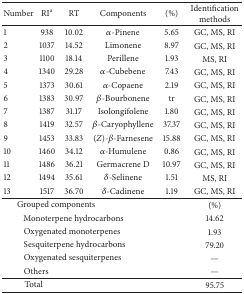
<table><thead><tr><td><b>Number</b></td><td><b>RI<sup>a</sup></b></td><td><b>RT</b></td><td><b>Components</b></td><td><b>(%)</b></td><td><b>Identification methods</b></td></tr></thead><tbody><tr><td>1</td><td>938</td><td>10.02</td><td><i>α</i>-Pinene</td><td>5.65</td><td>GC, MS, RI</td></tr><tr><td>2</td><td>1037</td><td>14.52</td><td>Limonene</td><td>8.97</td><td>GC, MS, RI</td></tr><tr><td>3</td><td>1100</td><td>18.14</td><td>Perillene</td><td>1.93</td><td>MS, RI</td></tr><tr><td>4</td><td>1340</td><td>29.28</td><td><i>α</i>-Cubebene</td><td>7.43</td><td>GC, MS, RI</td></tr><tr><td>5</td><td>1373</td><td>30.61</td><td><i>α</i>-Copaene</td><td>2.19</td><td>GC, MS, RI</td></tr><tr><td>6</td><td>1383</td><td>30.97</td><td><i>β</i>-Bourbonene</td><td>tr</td><td>GC, MS, RI</td></tr><tr><td>7</td><td>1387</td><td>31.17</td><td>Isolongifolene</td><td>1.80</td><td>GC, MS, RI</td></tr><tr><td>8</td><td>1419</td><td>32.57</td><td><i>β</i>-Caryophyllene</td><td>37.37</td><td>GC, MS, RI</td></tr><tr><td>9</td><td>1453</td><td>33.83</td><td>(<i>Z</i>)-<i>β</i>-Farnesene</td><td>15.88</td><td>GC, MS, RI</td></tr><tr><td>10</td><td>1460</td><td>34.12</td><td><i>α</i>-Humulene</td><td>0.86</td><td>GC, MS, RI</td></tr><tr><td>11</td><td>1486</td><td>36.21</td><td>Germacrene D</td><td>10.97</td><td>GC, MS, RI</td></tr><tr><td>12</td><td>1494</td><td>35.61</td><td><i>δ</i>-Selinene</td><td>1.51</td><td>MS, RI</td></tr><tr><td>13</td><td>1517</td><td>36.70</td><td><i>δ</i>-Cadinene</td><td>1.19</td><td>GC, MS, RI</td></tr><tr><td colspan="4"> Grouped components </td><td> </td><td>(%) </td></tr><tr><td colspan="4">Monoterpene hydrocarbons</td><td> </td><td>14.62</td></tr><tr><td colspan="4">Oxygenated monoterpenes </td><td> </td><td>1.93</td></tr><tr><td colspan="4">Sesquiterpene hydrocarbons</td><td> </td><td>79.20</td></tr><tr><td colspan="4">Oxygenated sesquiterpenes </td><td> </td><td>—</td></tr><tr><td colspan="4">Others </td><td> </td><td>—</td></tr><tr><td colspan="4">Total</td><td> </td><td>95.75</td></tr></tbody></table>